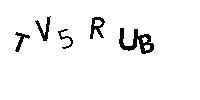
TV5RUB